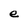
Character: e